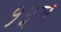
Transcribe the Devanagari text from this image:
१३व